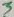
Text: 3